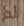
لم